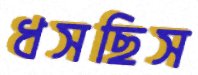
ধসছিস